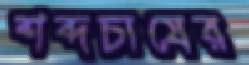
শব্দচাষের